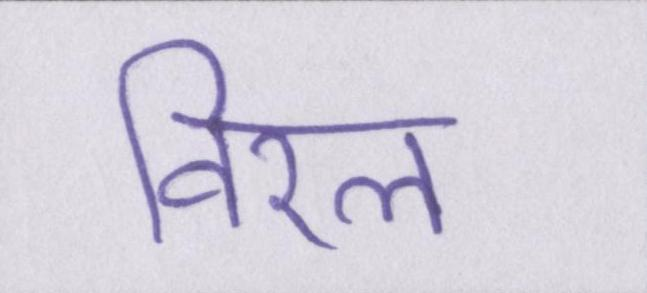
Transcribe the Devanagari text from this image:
विरल